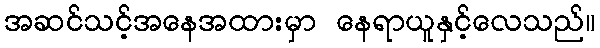
အဆင်သင့်အနေအထားမှာ နေရာယူနှင့်လေသည်။